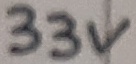
Text: 33V